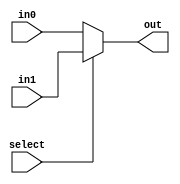
module mux_2_2bit(select,in0,in1,out);
	input select;
	input [1:0] in0, in1;
	output[1:0] out;
	assign out= select ? in1 : in0;
endmodule